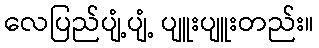
လေပြည်ပျံ့ပျံ့ ပျူးပျူးတည်း။